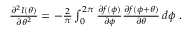
\begin{array} { r } { \frac { \partial ^ { 2 } I ( \theta ) } { \partial \theta ^ { 2 } } = - \frac { 2 } { \pi } \int _ { 0 } ^ { 2 \pi } \frac { \partial f ( \phi ) } { \partial \phi } \frac { \partial f ( \phi + \theta ) } { \partial \theta } \, d \phi \; . } \end{array}